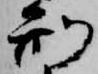
刑